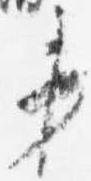
第